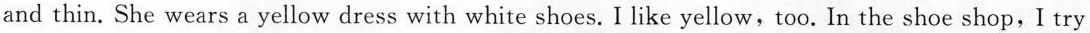
and thin. She wears a yellow dress with white shoes. I like yellow,too. In the shoe shop,I try